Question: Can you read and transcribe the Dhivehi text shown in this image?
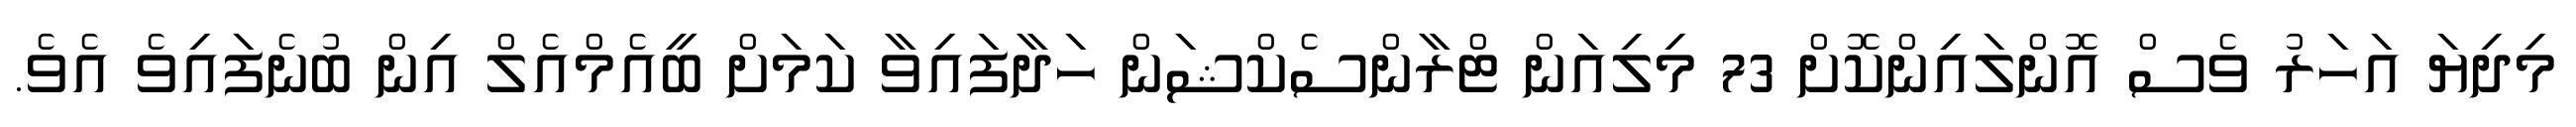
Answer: މިދިޔަ އަހަރު ވެސް އޮންލައިންކޮށް 73 މިލިއަން ޓްރާންސެކްޝަން ހަދާފައިވާ ކަމަށް ބީއެމްއެލް އިން ބުނެފައިވެ އެވެ.